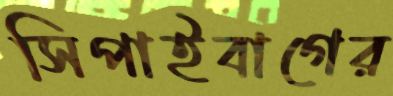
সিপাইবাগের